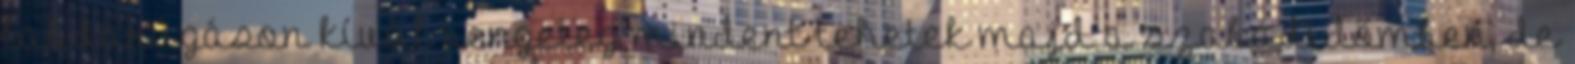
labdarúgáson kívül rengeteg mindent tehetek majd a szabadidőmben, de